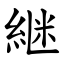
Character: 継